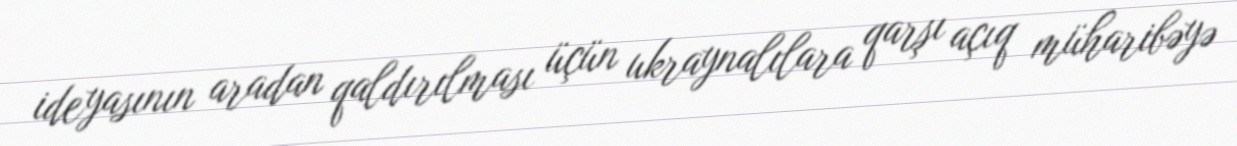
ideyasının aradan qaldırılması üçün ukraynalılara qarşı açıq müharibəyə